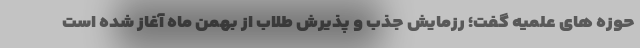
حوزه های علمیه گفت؛ رزمایش جذب و پذیرش طلاب از بهمن ماه آغاز شده است